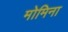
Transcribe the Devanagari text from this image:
मोमिना